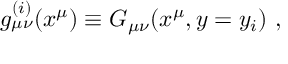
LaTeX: g _ { \mu \nu } ^ { ( i ) } ( x ^ { \mu } ) \equiv G _ { \mu \nu } ( x ^ { \mu } , y = y _ { i } ) ~ , ~ \,